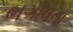
ભગાવતા